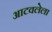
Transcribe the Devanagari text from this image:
आटवलेला